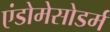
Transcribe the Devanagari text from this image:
एंडोमेसोडर्म